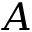
A